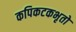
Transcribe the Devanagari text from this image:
कपिकटकभृतो